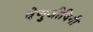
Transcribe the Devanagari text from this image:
वेणुजीविनी